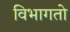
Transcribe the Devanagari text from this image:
विभागतो